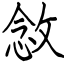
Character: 敜